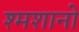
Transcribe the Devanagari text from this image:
श्मशानो